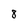
Character: 8